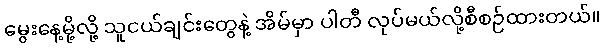
မွေးနေ့မို့လို့ သူငယ်ချင်းတွေနဲ့ အိမ်မှာ ပါတီ လုပ်မယ်လို့စီစဉ်ထားတယ်။